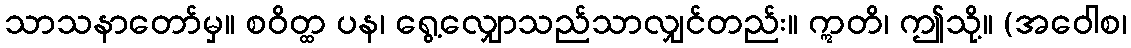
သာသနာတော်မှ။ စဝိတ္ထ ပန၊ ရွေ့လျှောသည်သာလျှင်တည်း။ ဣတိ၊ ဤသို့။ (အဝေါစ၊